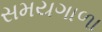
સમયગાળા